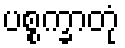
ပစ္စက္ခာတုံ